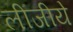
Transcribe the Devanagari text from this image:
लीजीये